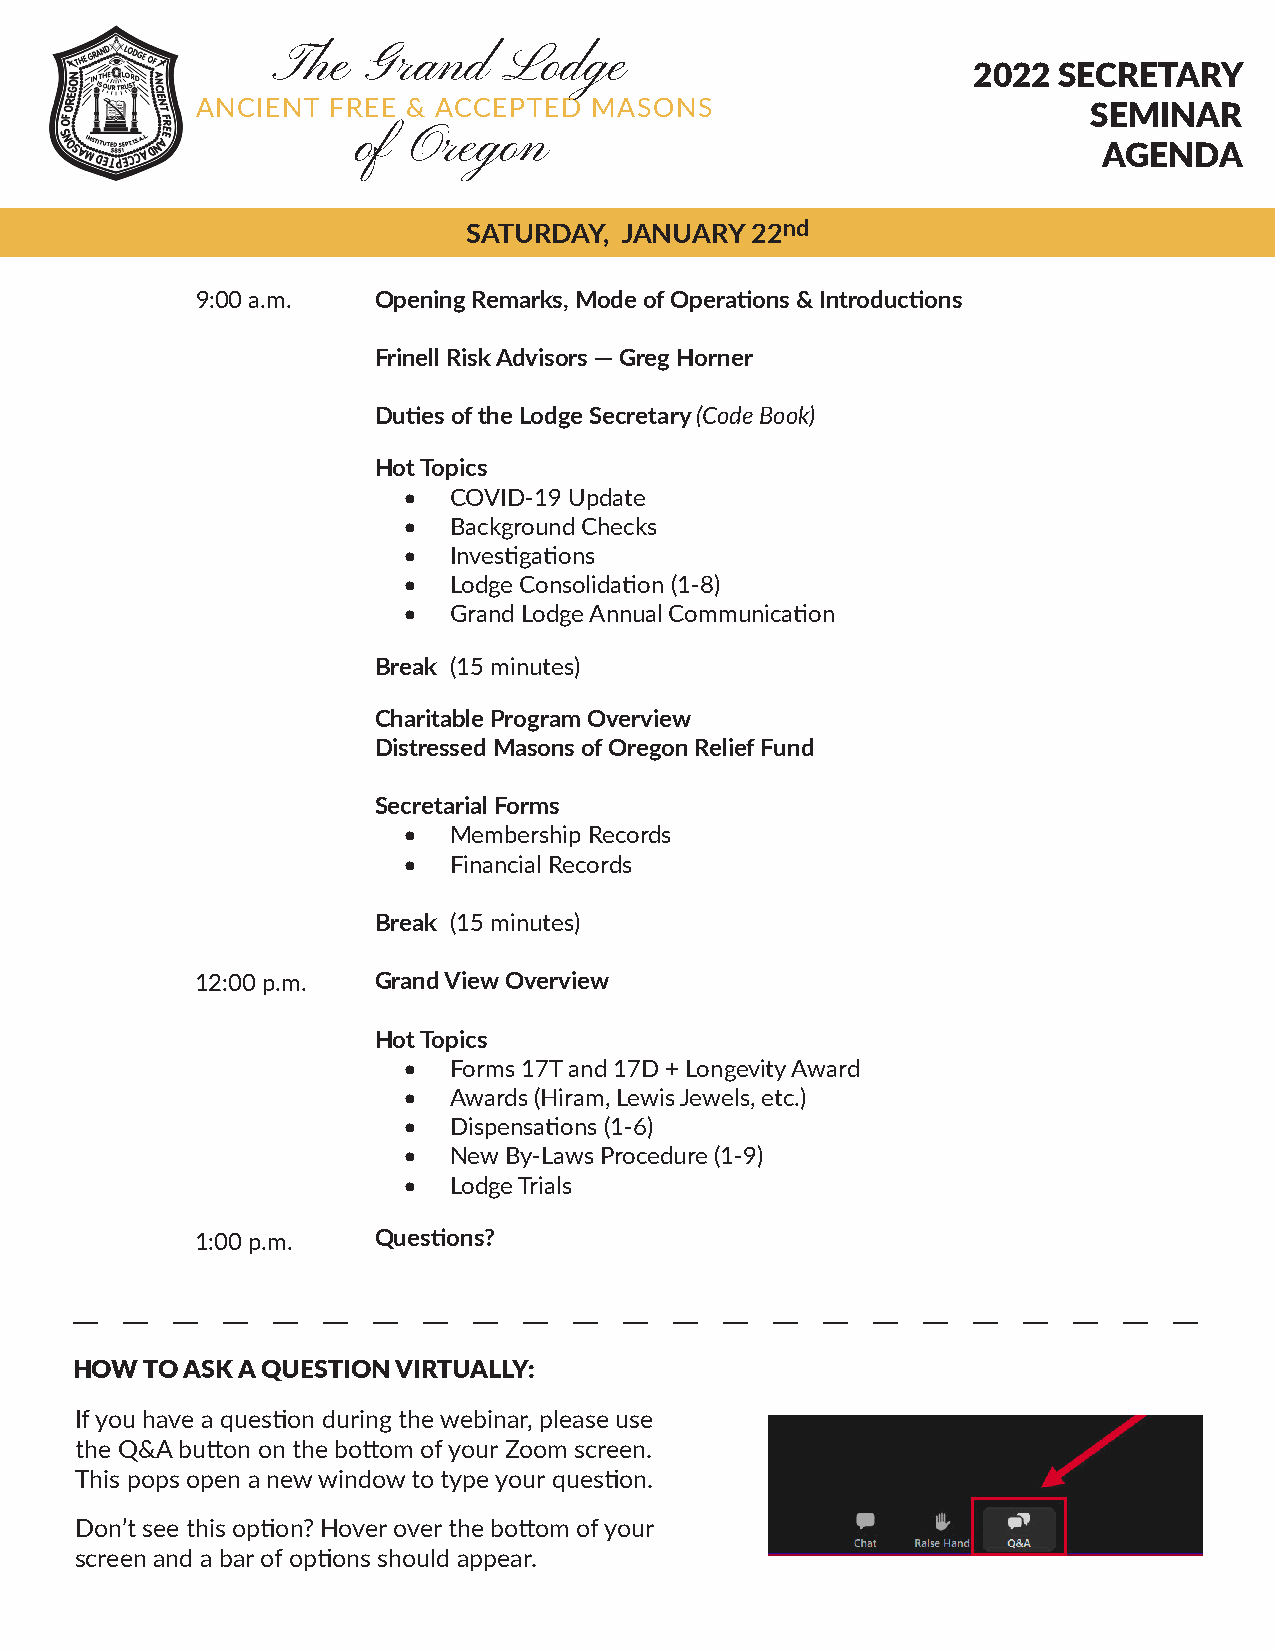
The   Grand     Lodge
 2022  SECRETARY
 ANCIENT  FREE & ACCEPTED  MASONS
 SEMINAR
 of Oregon
 AGENDA
 SATURDAY, JANUARY  22nd
 9:0 0 a.m.  Opening Remarks, Mode of Operations & Introductions
 Frinell Risk Advisors — Greg Horner
 Duties of the Lodge Secretary (Code Book)
 Hot Topics
 •  COVID-19 Update
 •  Background Checks
 •  Investigations
 •  Lodge Consolidation (1-8)
 •  Grand Lodge Annual Communication
 Break (15 minutes)
 Charitable Program Overview
 Distressed Masons of Oregon Relief Fund
 Secretarial Forms
 •  Membership Records
 •  Financial Records
 Break (15 minutes)
 12: 00 p.m . Grand View Overview
 Hot Topics
 •  Forms 17T and 17D + Longevity Award
 •  Awards (Hiram, Lewis Jewels, etc.)
 •  Dispensations (1-6)
 •  New By-Laws Procedure (1-9)
 •  Lodge Trials
 1:0 0 p.m.  Questions?
 HOW  TO ASK A QUESTION VIRTUALLY:
 If you have a question during the webinar, please use
 the Q&A button on the bottom of your Zoom screen.
 This pops open a new window to type your question.
 Don’t see this option? Hover over the bottom of your
 screen and a bar of options should appear.